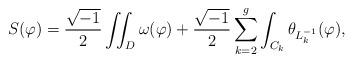
LaTeX: \begin{align*} S(\varphi) = \frac{\sqrt{-1}}{2}\iint_{D}\omega(\varphi)+\frac{\sqrt{-1}}{2}\sum_{k=2}^{g}\int_{C_{k}}\theta_{L_{k}^{-1}}(\varphi),\end{align*}